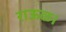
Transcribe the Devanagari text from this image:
राऊळ।